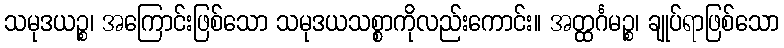
သမုဒယဉ္စ၊ အကြောင်းဖြစ်သော သမုဒယသစ္စာကိုလည်းကောင်း။ အတ္ထင်္ဂမဉ္စ၊ ချုပ်ရာဖြစ်သော